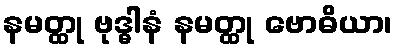
နမတ္ထု ဗုဒ္ဓါနံ နမတ္ထု ဗောဓိယာ၊